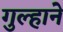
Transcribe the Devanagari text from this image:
गुल्हाने